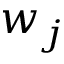
w _ { j }